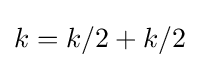
k=k/2+k/2